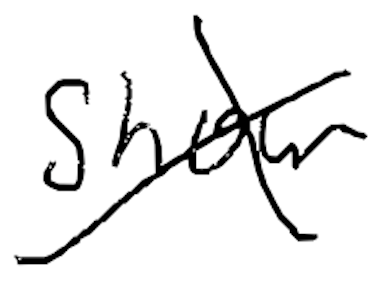
Text: show
Cross-out: cross
Writing tool: digital_black